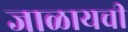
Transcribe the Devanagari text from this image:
जाळायची